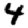
Digit: 4